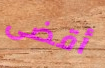
أقضى